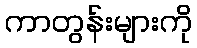
ကာတွန်းများကို